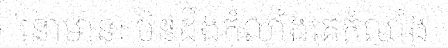
នោមានៈ មិនដឹងកំលាំងគេកំលាំង